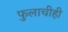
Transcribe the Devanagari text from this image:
फुलाचीही